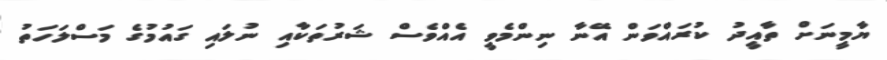
ޔާމީނަށް ތާއީދު ކުރައްވަން އޭނާ ނިންމެވީ އެއްވެސް ޝަރުތަކާއި ނުލައި ގައުމުގެ މަސްލަހަތު